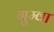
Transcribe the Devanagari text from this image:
गुम्वा